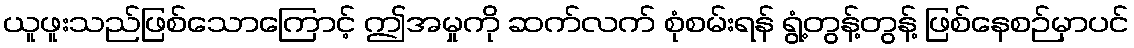
ယူဖူးသည်ဖြစ်သောကြောင့် ဤအမှုကို ဆက်လက် စုံစမ်းရန် ရွံ့တွန့်တွန့် ဖြစ်နေစဉ်မှာပင်